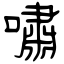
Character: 嘯